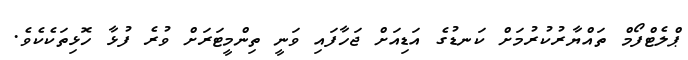
ޕްލެޓްފޯމް ތައްޔާރުކުރުމަށް ކަނޑުގެ އަޑިއަށް ޖަހާފައި ވަނީ ތިންމީޓަރަށް ވުރެ ފުޅާ ހޮޅިތަކެކެވެ.